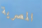
المصرية